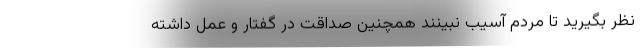
نظر بگیرید تا مردم آسیب نبینند همچنین صداقت در گفتار و عمل داشته